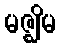
မဇ္ဈိမ